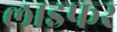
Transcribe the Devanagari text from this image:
लाइफर